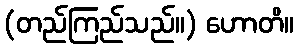
(တည်ကြည်သည်။) ဟောတိ။